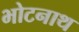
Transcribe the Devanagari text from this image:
भोटनाथ